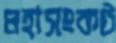
মহাসংকট